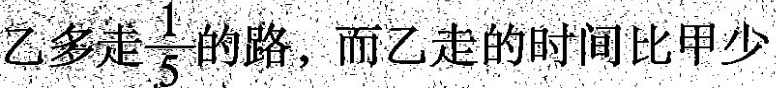
乙走\frac{1}{5}的路，而乙走的时间比甲少